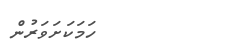
ހަމަކަށަވަރުން